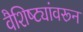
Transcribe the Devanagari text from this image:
वैशिष्ट्यांवरून